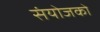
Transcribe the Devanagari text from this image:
संयोजको